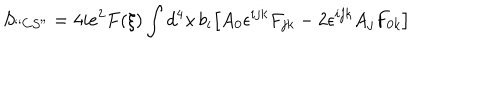
S _ { ` ` C S " } = 4 i e ^ { 2 } F ( \xi ) \int d ^ { 4 } x \, b _ { i } \bigl [ A _ { 0 } \epsilon ^ { i j k } F _ { j k } - 2 \epsilon ^ { i j k } A _ { j } F _ { 0 k } \bigr ]